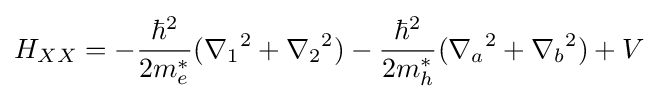
H_{XX}=-{\frac {\hbar ^{2}}{2m_{e}^{*}}}({\nabla _{1}}^{2}+{\nabla _{2}}^{2})-{\frac {\hbar ^{2}}{2m_{h}^{*}}}({\nabla _{a}}^{2}+{\nabla _{b}}^{2})+V